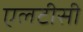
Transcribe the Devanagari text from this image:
एलटीसी